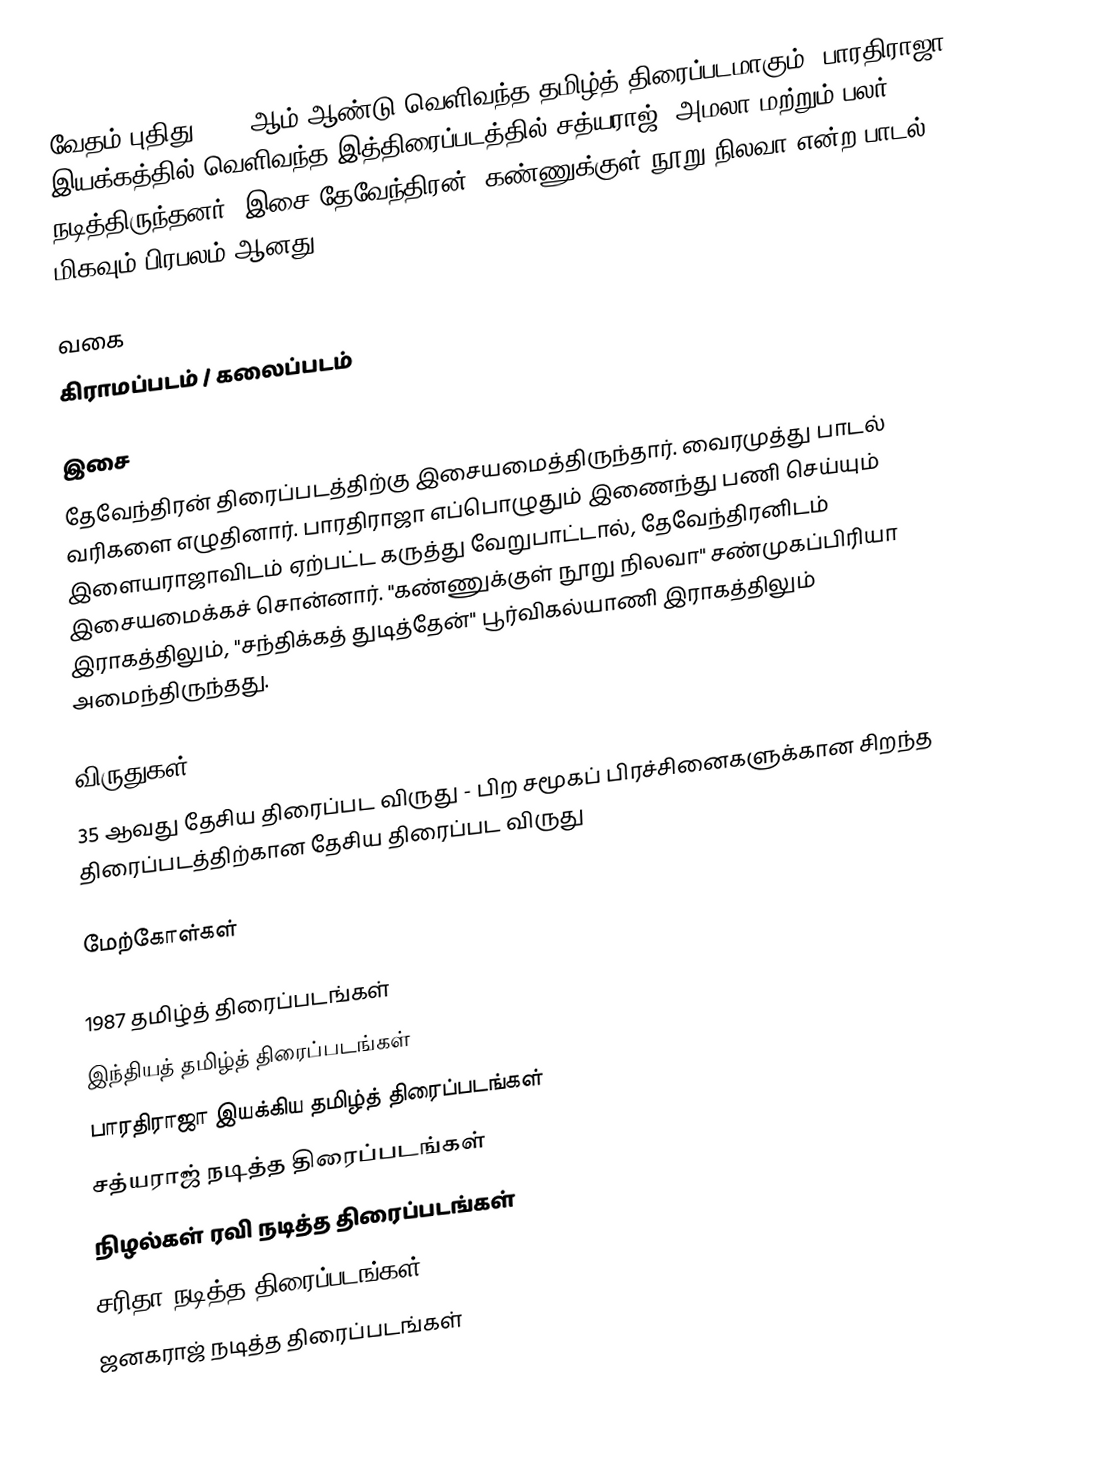
வேதம் புதிது 1987 ஆம் ஆண்டு வெளிவந்த தமிழ்த் திரைப்படமாகும். பாரதிராஜா இயக்கத்தில் வெளிவந்த இத்திரைப்படத்தில் சத்யராஜ், அமலா மற்றும் பலர் நடித்திருந்தனர். இசை தேவேந்திரன், கண்ணுக்குள் நூறு நிலவா என்ற பாடல் மிகவும் பிரபலம் ஆனது.

வகை
கிராமப்படம் / கலைப்படம்

இசை
தேவேந்திரன் திரைப்படத்திற்கு இசையமைத்திருந்தார். வைரமுத்து பாடல் வரிகளை எழுதினார். பாரதிராஜா எப்பொழுதும் இணைந்து பணி செய்யும் இளையராஜாவிடம் ஏற்பட்ட கருத்து வேறுபாட்டால், தேவேந்திரனிடம் இசையமைக்கச் சொன்னார். "கண்ணுக்குள் நூறு நிலவா" சண்முகப்பிரியா இராகத்திலும், "சந்திக்கத் துடித்தேன்" பூர்விகல்யாணி இராகத்திலும் அமைந்திருந்தது.

விருதுகள்
35 ஆவது தேசிய திரைப்பட விருது - பிற சமூகப் பிரச்சினைகளுக்கான சிறந்த திரைப்படத்திற்கான தேசிய திரைப்பட விருது

மேற்கோள்கள்

1987 தமிழ்த் திரைப்படங்கள்
இந்தியத் தமிழ்த் திரைப்படங்கள்
பாரதிராஜா இயக்கிய தமிழ்த் திரைப்படங்கள்
சத்யராஜ் நடித்த திரைப்படங்கள்
நிழல்கள் ரவி நடித்த திரைப்படங்கள்
சரிதா நடித்த திரைப்படங்கள்
ஜனகராஜ் நடித்த திரைப்படங்கள்